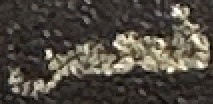
فحص